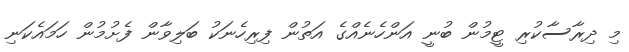
މި ދިރާސާކުރި ޓީމުން ބުނީ އަންހެނެއްގެ އަތުން ފިރިހެނަކު ބަލިވާން ފެށުމުން ހަމައެކަނި